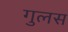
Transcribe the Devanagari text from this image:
गुलस